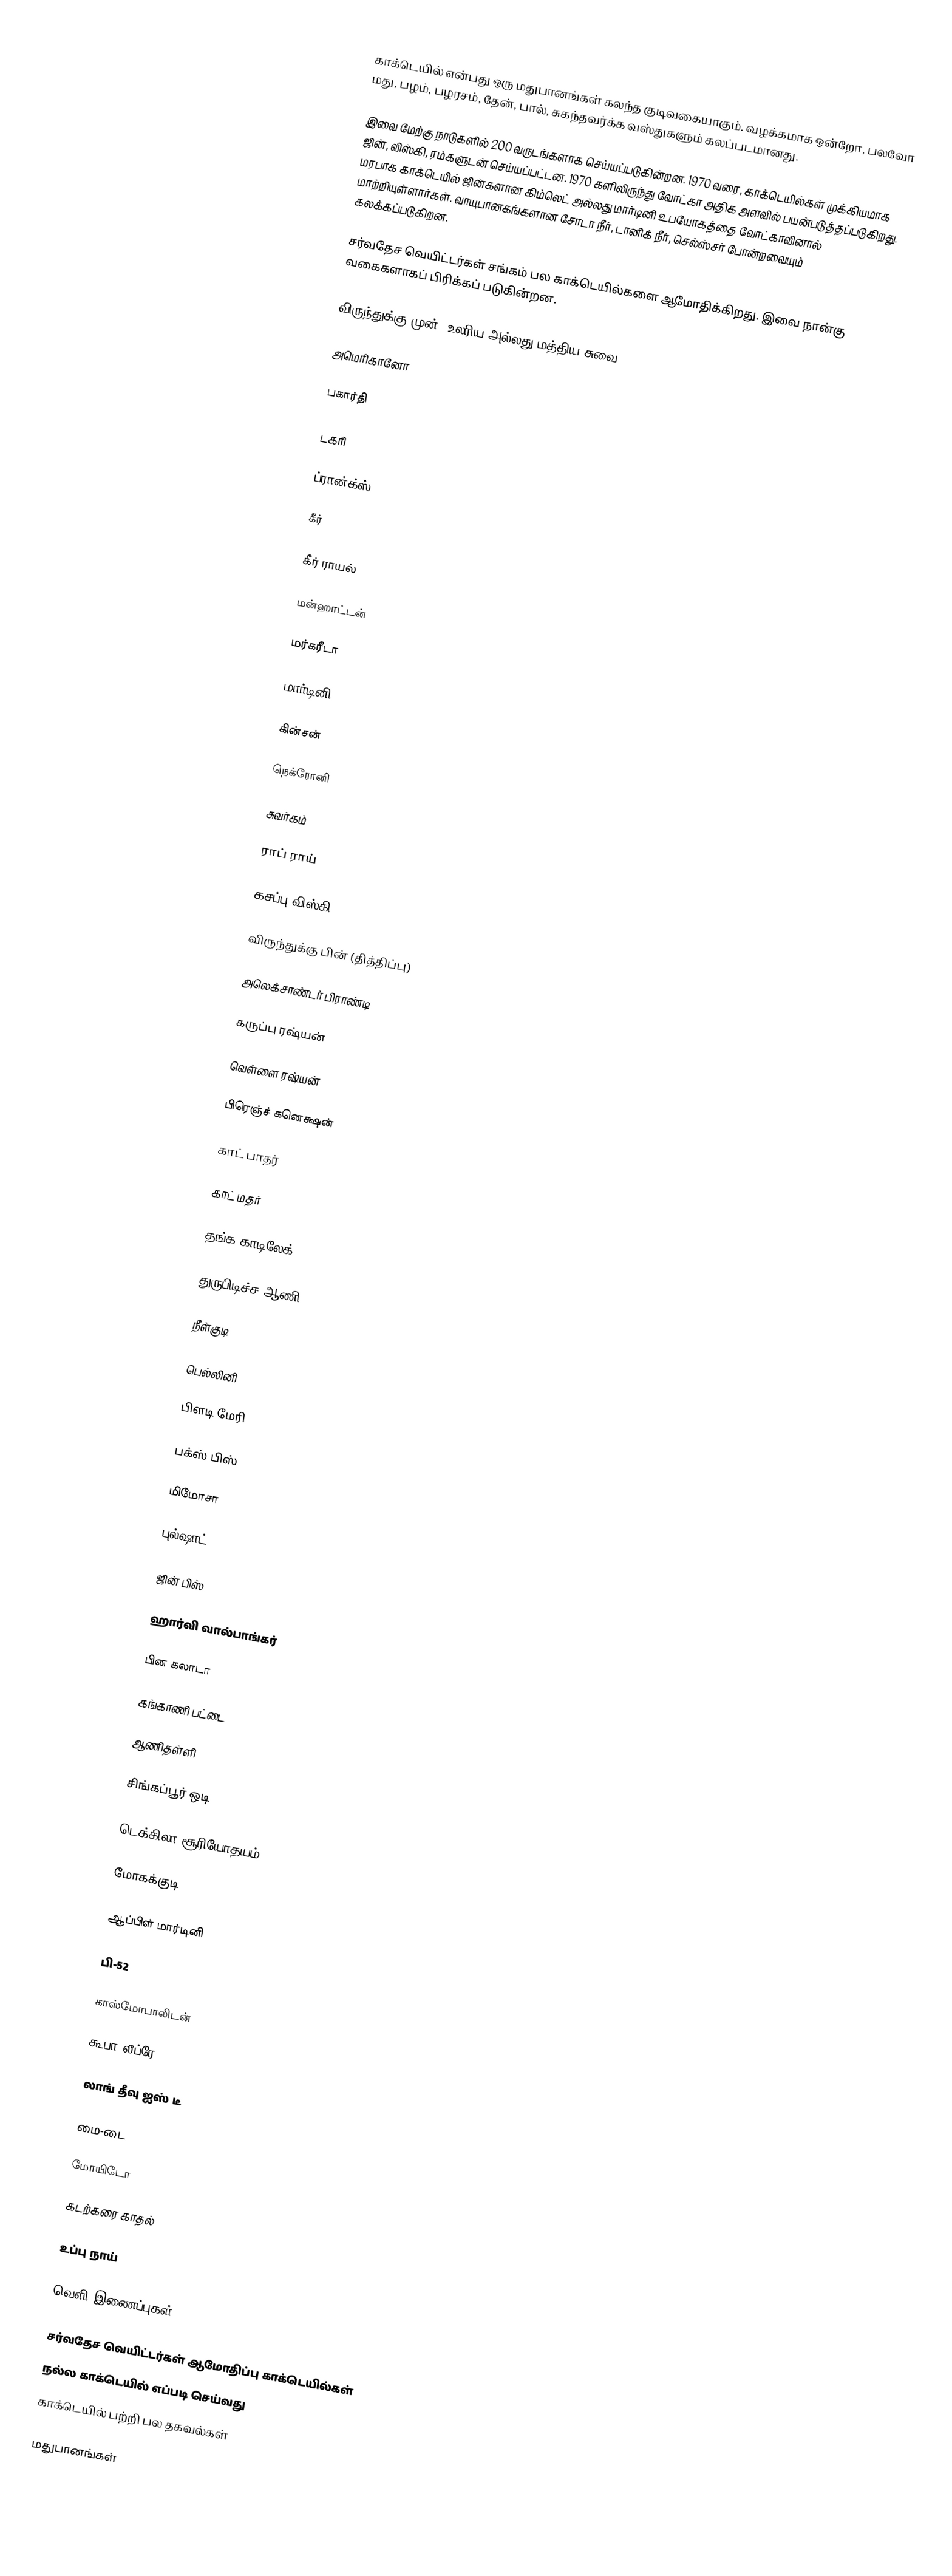
காக்டெயில் என்பது ஒரு மதுபானங்கள் கலந்த குடிவகையாகும். வழக்கமாக ஒன்றோ, பலவோ மது, பழம், பழரசம், தேன், பால், சுகந்தவர்க்க வஸ்துகளும் கலப்படமானது.

இவை மேற்கு நாடுகளில் 200 வருடங்களாக செய்யப்படுகின்றன. 1970 வரை, காக்டெயில்கள் முக்கியமாக ஜின், விஸ்கி, ரம்களுடன் செய்யப்பட்டன. 1970 களிலிருந்து வோட்கா அதிக அளவில் பயன்படுத்தப்படுகிறது. மரபாக காக்டெயில் ஜின்களான கிம்லெட் அல்லது மார்டினி உபயோகத்தை வோட்காவினால் மாற்றியுள்ளார்கள். வாயுபானகங்களான சோடா நீர், டானிக் நீர், செல்ஸ்சர் போன்றவையும் கலக்கப்படுகிறன.

சர்வதேச வெயிட்டர்கள் சங்கம் பல காக்டெயில்களை ஆமோதிக்கிறது. இவை நான்கு வகைகளாகப் பிரிக்கப் படுகின்றன.

விருந்துக்கு முன் (உலரிய அல்லது மத்திய சுவை)

அமெரிகானோ

பகார்தி

டகரி

ப்ரான்க்ஸ்

கீர்

கீர் ராயல்

மன்ஹாட்டன்

மர்கரீடா

மார்டினி

கின்சன்

நெக்ரோனி

சுவர்கம்

ராப் ராய்

கசப்பு விஸ்கி

விருந்துக்கு பின் (தித்திப்பு)

அலெக்சாண்டர் பிராண்டி

கருப்பு ரஷ்யன்

வெள்ளை ரஷ்யன்

பிரெஞ்ச் கனெக்ஷன்

காட் பாதர்

காட் மதர்

தங்க காடிலேக்

துருபிடிச்ச ஆணி

நீள்குடி

பெல்லினி

பிளடி மேரி

பக்ஸ் பிஸ்

மிமோசா

புல்ஷாட்

ஜின் பிஸ்

ஹார்வி வால்பாங்கர்

பின கலாடா

கங்காணி பட்டை

ஆணிதள்ளி

சிங்கப்பூர் ஒடி

டெக்கிலா சூரியோதயம்

மோகக்குடி

ஆப்பிள் மார்டினி

பி-52

காஸ்மோபாலிடன்

கூபா லீப்ரே

லாங் தீவு ஐஸ் டீ

மை-டை

மோயிடோ

கடற்கரை காதல்

உப்பு நாய்

வெளி இணைப்புகள்

 சர்வதேச வெயிட்டர்கள் ஆமோதிப்பு காக்டெயில்கள்
 நல்ல காக்டெயில் எப்படி செய்வது
 காக்டெயில் பற்றி பல தகவல்கள்

மதுபானங்கள்